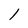
Character: 1